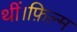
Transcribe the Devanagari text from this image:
थीं।फ़िल्म